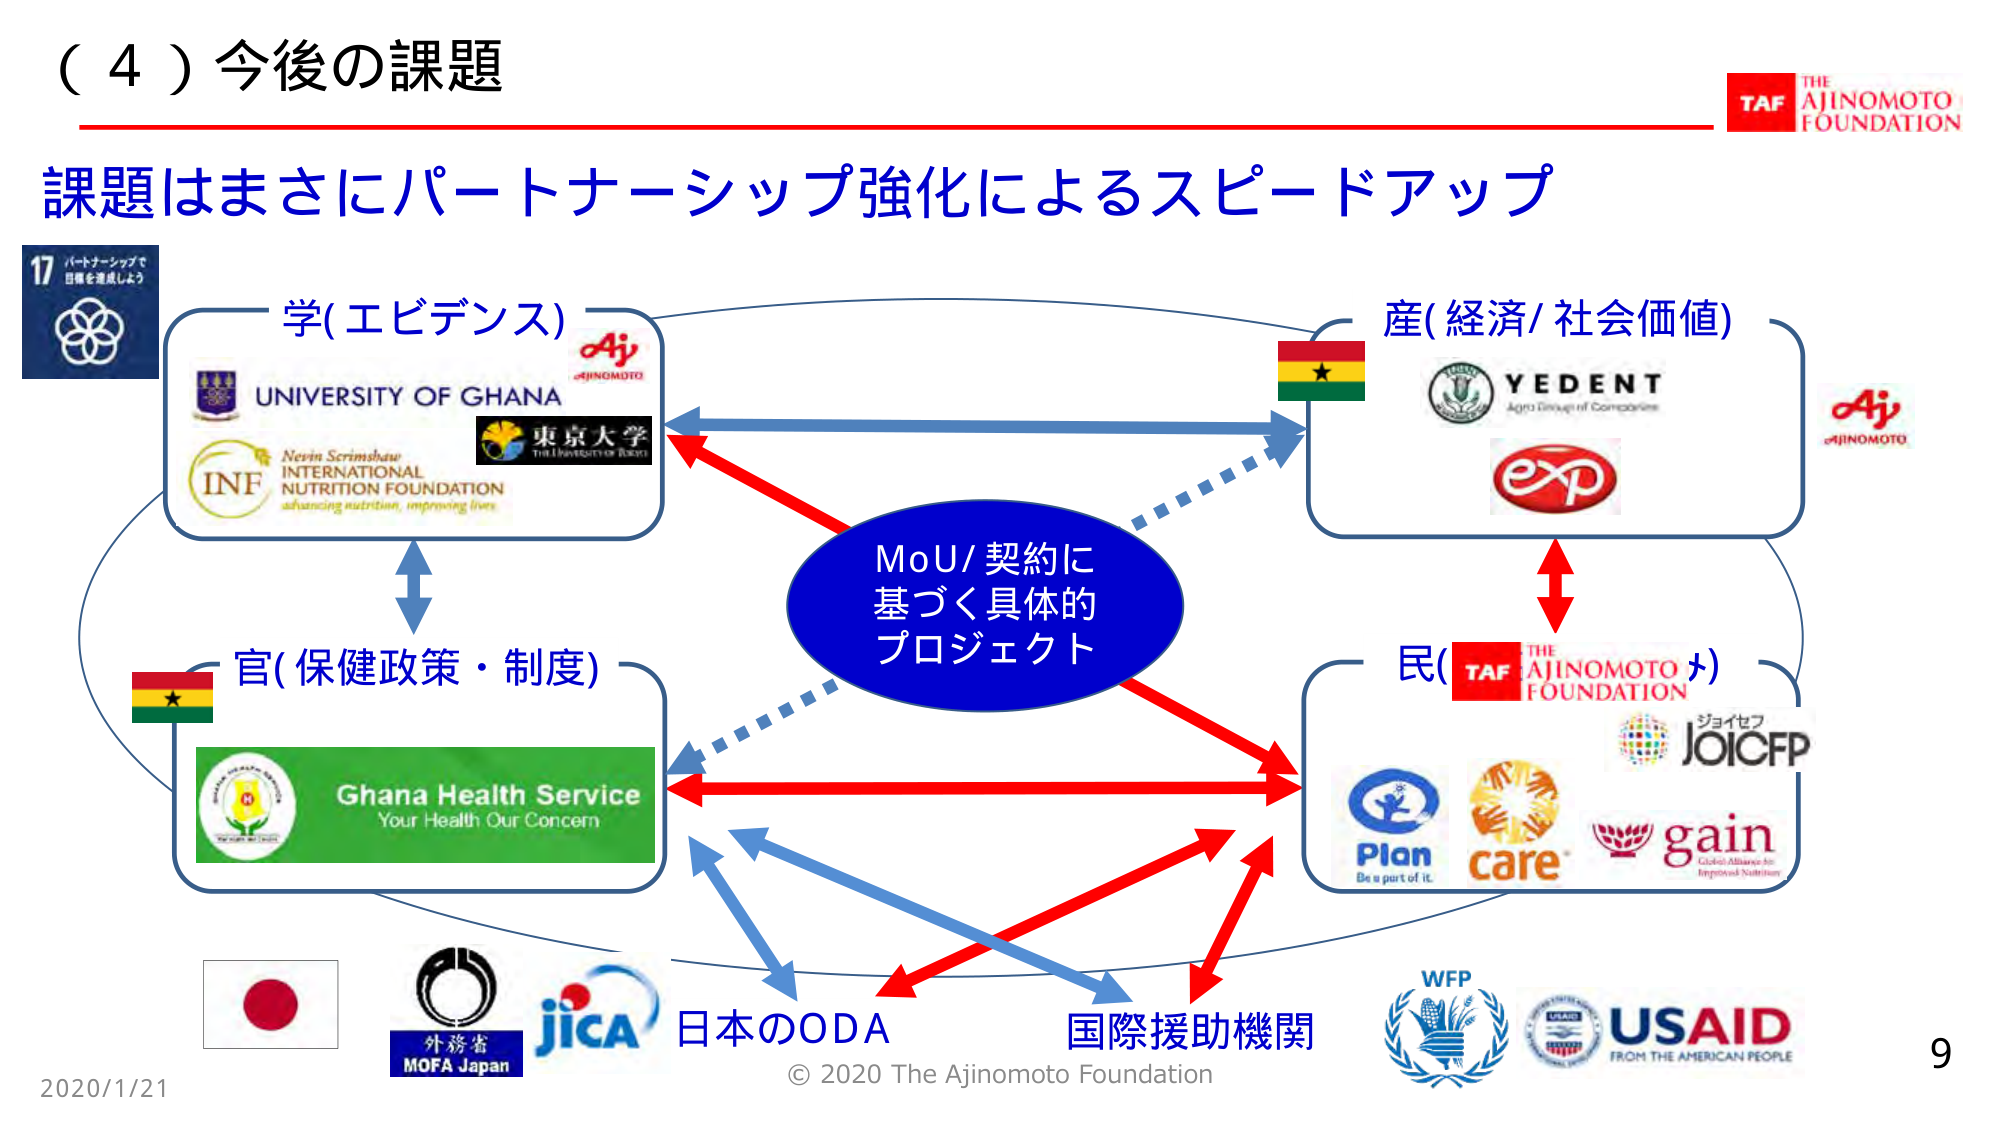
（４）今後の課題
課題はまさにパートナーシップ強化によるスピードアップ

17 パートナーシップで
目標を達成しよう

学(エビデンス)
UNIVERSITY OF GHANA
Aj
AJINOMOTO
Nevin Scrimshaw
INTERNATIONAL
NUTRITION FOUNDATION
advancing nutrition, improving lives
INF
東京大学
The University of Tokyo

産(経済/社会価値)
YEDENT
Agro Group of Companies
exp
Aj
AJINOMOTO

MoU/契約に
基づく具体的
プロジェクト

官(保健政策・制度)
Ghana Health Service
Your Health Our Concern

民(TAF THE AJINOMOTO FOUNDATION)
ジョイセフ
JOICFP
Plan
Be a part of it
care
gain
Global Alliance for
Improved Nutrition

日本のODA
外務省
MOFA Japan
jica

国際援助機関
WFP
USAID
FROM THE AMERICAN PEOPLE

2020/1/21
© 2020 The Ajinomoto Foundation
9
TAF THE AJINOMOTO FOUNDATION